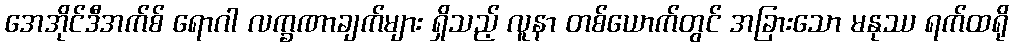
အေအိုင်ဒီအက်စ် ရောဂါ လက္ခဏာချက်များ ရှိသည့် လူနာ တစ်ယောက်တွင် အခြားသော မနုဿ ရက်ထရို